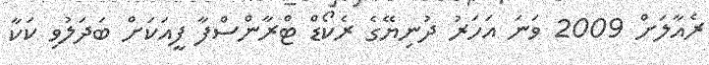
ރެއާލަށް 2009 ވަނަ އަހަރު ދުނިޔޭގެ ރެކޯޑް ޓްރާންސްފާ ފީއަކަށް ބަދަލުވި ކަކާ